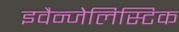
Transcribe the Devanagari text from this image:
इवैन्जेलिस्टिक